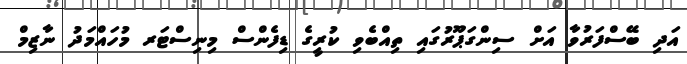
އަދި ބޭސްފަރުވާ އަށް ސިންގަޕޫރުގައި ތިއްބެވި ކުރީގެ ޑިފެންސް މިނިސްޓަރ މުހައްމަދު ނާޒިމް